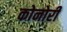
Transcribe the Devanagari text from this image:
कोनोरी